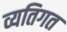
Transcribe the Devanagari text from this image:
व्यतिगत